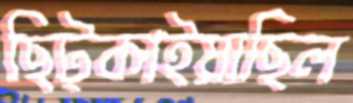
ছিট্‌কাইয়াছিল